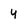
Character: 4